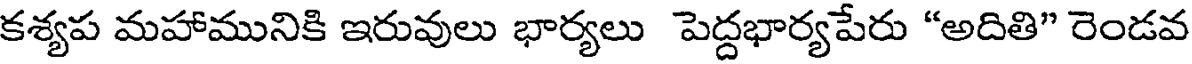
కశ్యప మహామునికి ఇరువులు భార్యలు పెద్దభార్యపేరు "అదితి" రెండవ